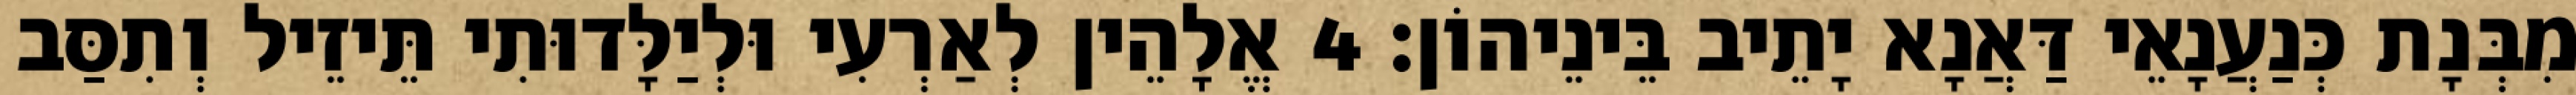
מִבְּנָת כְּנַעֲנָאֵי דַּאֲנָא יָתֵיב בֵּינֵיהוֹן׃ 4 אֱלָהֵין לְאַרְעִי וּלְיַלָּדוּתִי תֵּיזֵיל וְתִסַּב